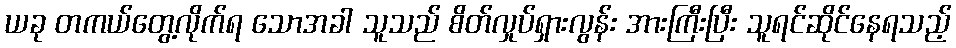
ယခု တကယ်တွေ့လိုက်ရ သောအခါ သူသည် စိတ်လှုပ်ရှားလွန်း အားကြီးပြီး သူရင်ဆိုင်နေရသည့်